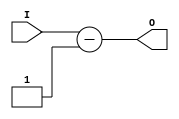
module subOne(
    input wire [3:0] I,
    output wire [3:0] O
);
    assign O = I-1;
endmodule